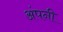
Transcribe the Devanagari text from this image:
अंपनी